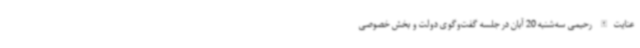
عنایت‌الله رحیمی سه‌شنبه 20 آبان در جلسه گفت‌وگوی دولت و بخش خصوصی